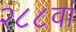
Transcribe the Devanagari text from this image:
२८८वां